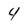
Character: 4